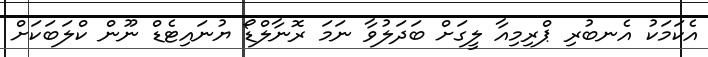
އެކަމަކު އެނބުރި ޕްރިމިއާ ލީގަށް ބަދަލުވާ ނަމަ ރޮނާލްޑޯ ޔުނައިޓެޑް ނޫން ކްލަބަކަށް